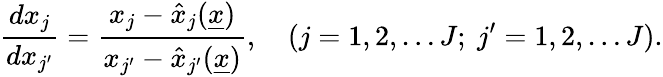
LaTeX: \frac{dx_{j}}{dx_{j^{\prime}}}=\frac{x_{j}-\hat{x}_{j}(\underline{{x}})}{x_{j^{\prime}}-\hat{x}_{j^{\prime}}(\underline{{x}})},\quad(j=1,2,\dots J;\ j^{\prime}=1,2,\dots J).